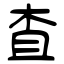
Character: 査